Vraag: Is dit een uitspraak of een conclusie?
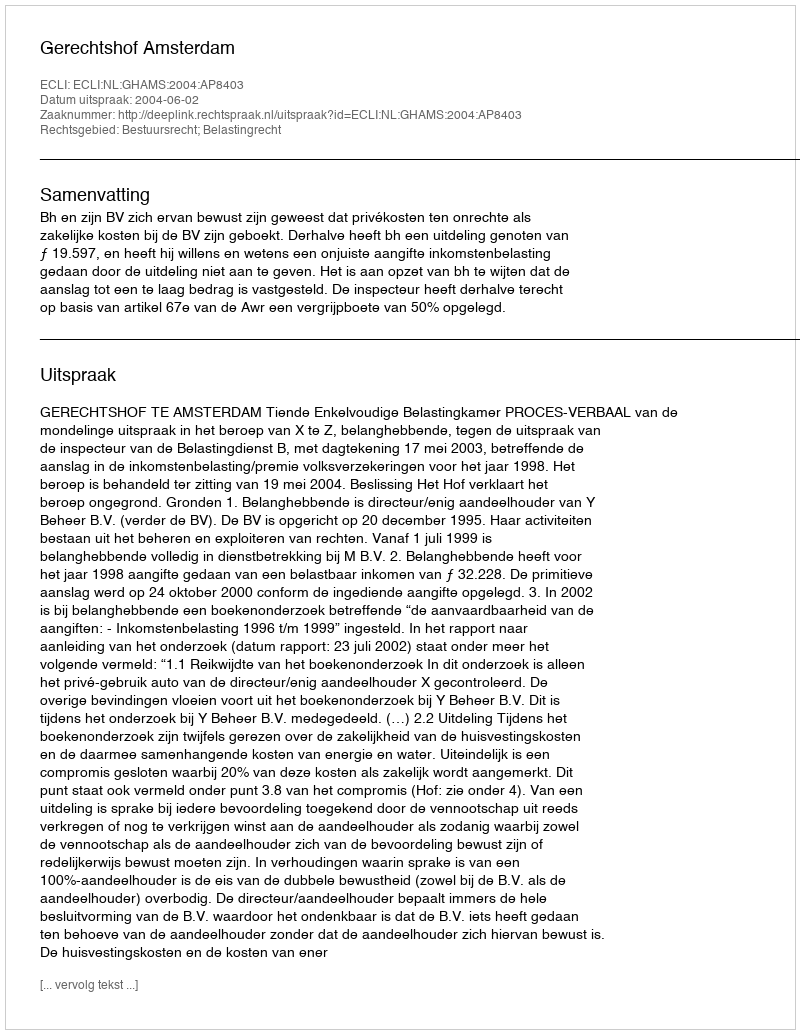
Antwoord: Uitspraak